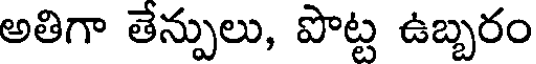
అతిగా తేన్పులు, పొట్ట ఉబ్బరం